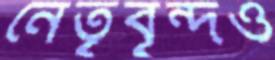
নেতৃবৃন্দও